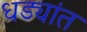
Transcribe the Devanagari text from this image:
धड्यांत